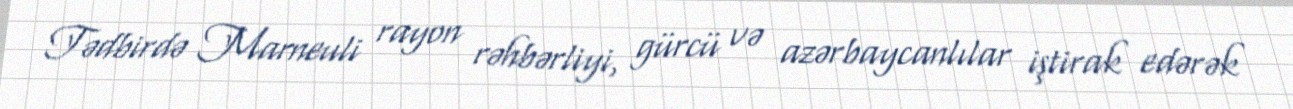
Tədbirdə Marneuli rayon rəhbərliyi, gürcü və azərbaycanlılar iştirak edərək